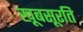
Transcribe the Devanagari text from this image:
खूबसूरति